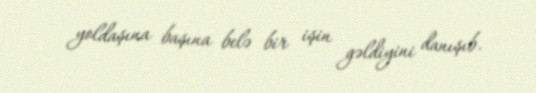
yoldaşına başına belə bir işin gəldiyini danışıb.